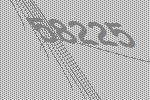
58225